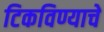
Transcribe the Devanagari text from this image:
टिकविण्याचे